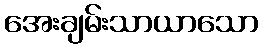
အေးချမ်းသာယာသော